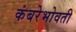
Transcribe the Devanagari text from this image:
कंबरेभोवती